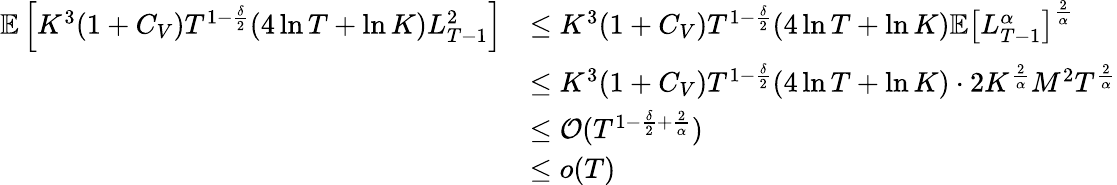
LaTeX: \begin{array}{rl}{\mathbb E\left[K^{3}(1+C_{V})T^{1-\frac\delta 2}(4\ln T+\ln K)L_{T-1}^{2}\right]}&{\le K^{3}(1+C_{V})T^{1-\frac\delta 2}(4\ln T+\ln K)\mathbb E\left[L_{T-1}^{\alpha}\right]^{\frac 2\alpha}}\\ &{\le K^{3}(1+C_{V})T^{1-\frac\delta 2}(4\ln T+\ln K)\cdot 2K^{\frac 2\alpha}M^{2}T^{\frac 2\alpha}}\\ &{\le\operatorname{\mathcal O}(T^{1-\frac\delta 2+\frac 2\alpha})}\\ &{\le o(T)}\end{array}